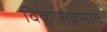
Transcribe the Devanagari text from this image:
विकासक्रमात